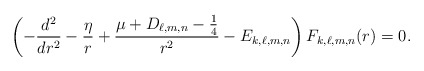
\begin{align*}\left( -\frac{d^{2}}{dr^{2}} -\frac{\eta}{r} +\frac{\mu +D_{\ell,m,n}-\frac{1}{4}}{r^{2}}-E_{k,\ell,m,n} \right) F_{k,\ell,m,n}(r)=0. \end{align*}